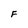
Character: F